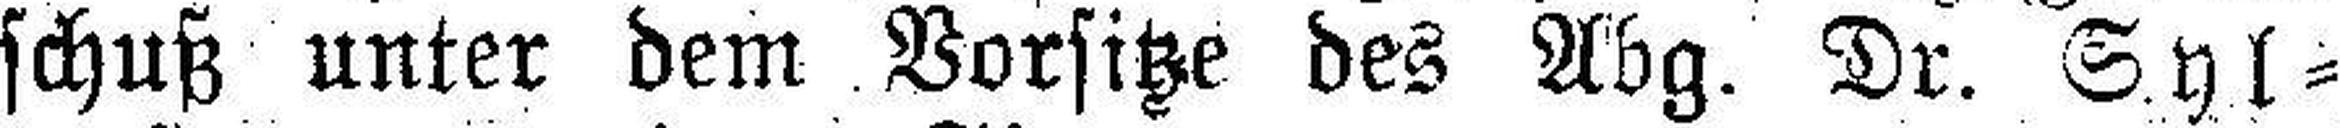
schuß unter dem Vorsitze des Abg. Dr. Syl¬